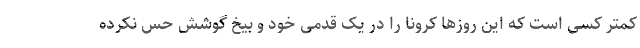
کمتر کسی است که این روزها کرونا را در یک قدمی خود و بیخ گوشش حس نکرده